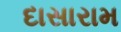
દાસારામ